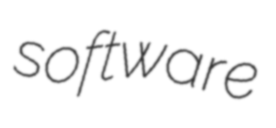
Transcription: software